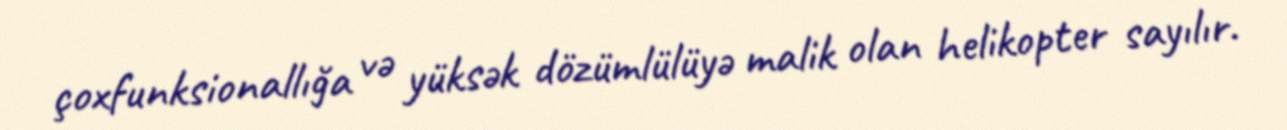
çoxfunksionallığa və yüksək dözümlülüyə malik olan helikopter sayılır.